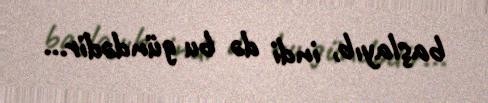
başlayıb, indi də bu gündədir...